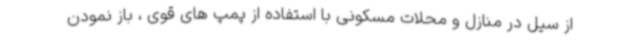
از سیل در منازل و محلات مسکونی با استفاده از پمپ های قوی ، باز نمودن